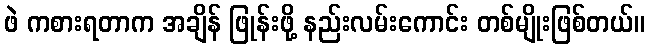
ဖဲ ကစားရတာက အချိန် ဖြုန်းဖို့ နည်းလမ်းကောင်း တစ်မျိုးဖြစ်တယ်။